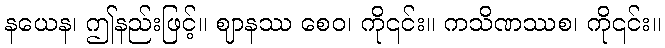
နယေန၊ ဤနည်းဖြင့်။ ဈာနဿ စေဝ၊ ကို၎င်း။ ကသိဏဿစ၊ ကို၎င်း။